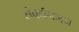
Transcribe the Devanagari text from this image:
संवर्धनजन